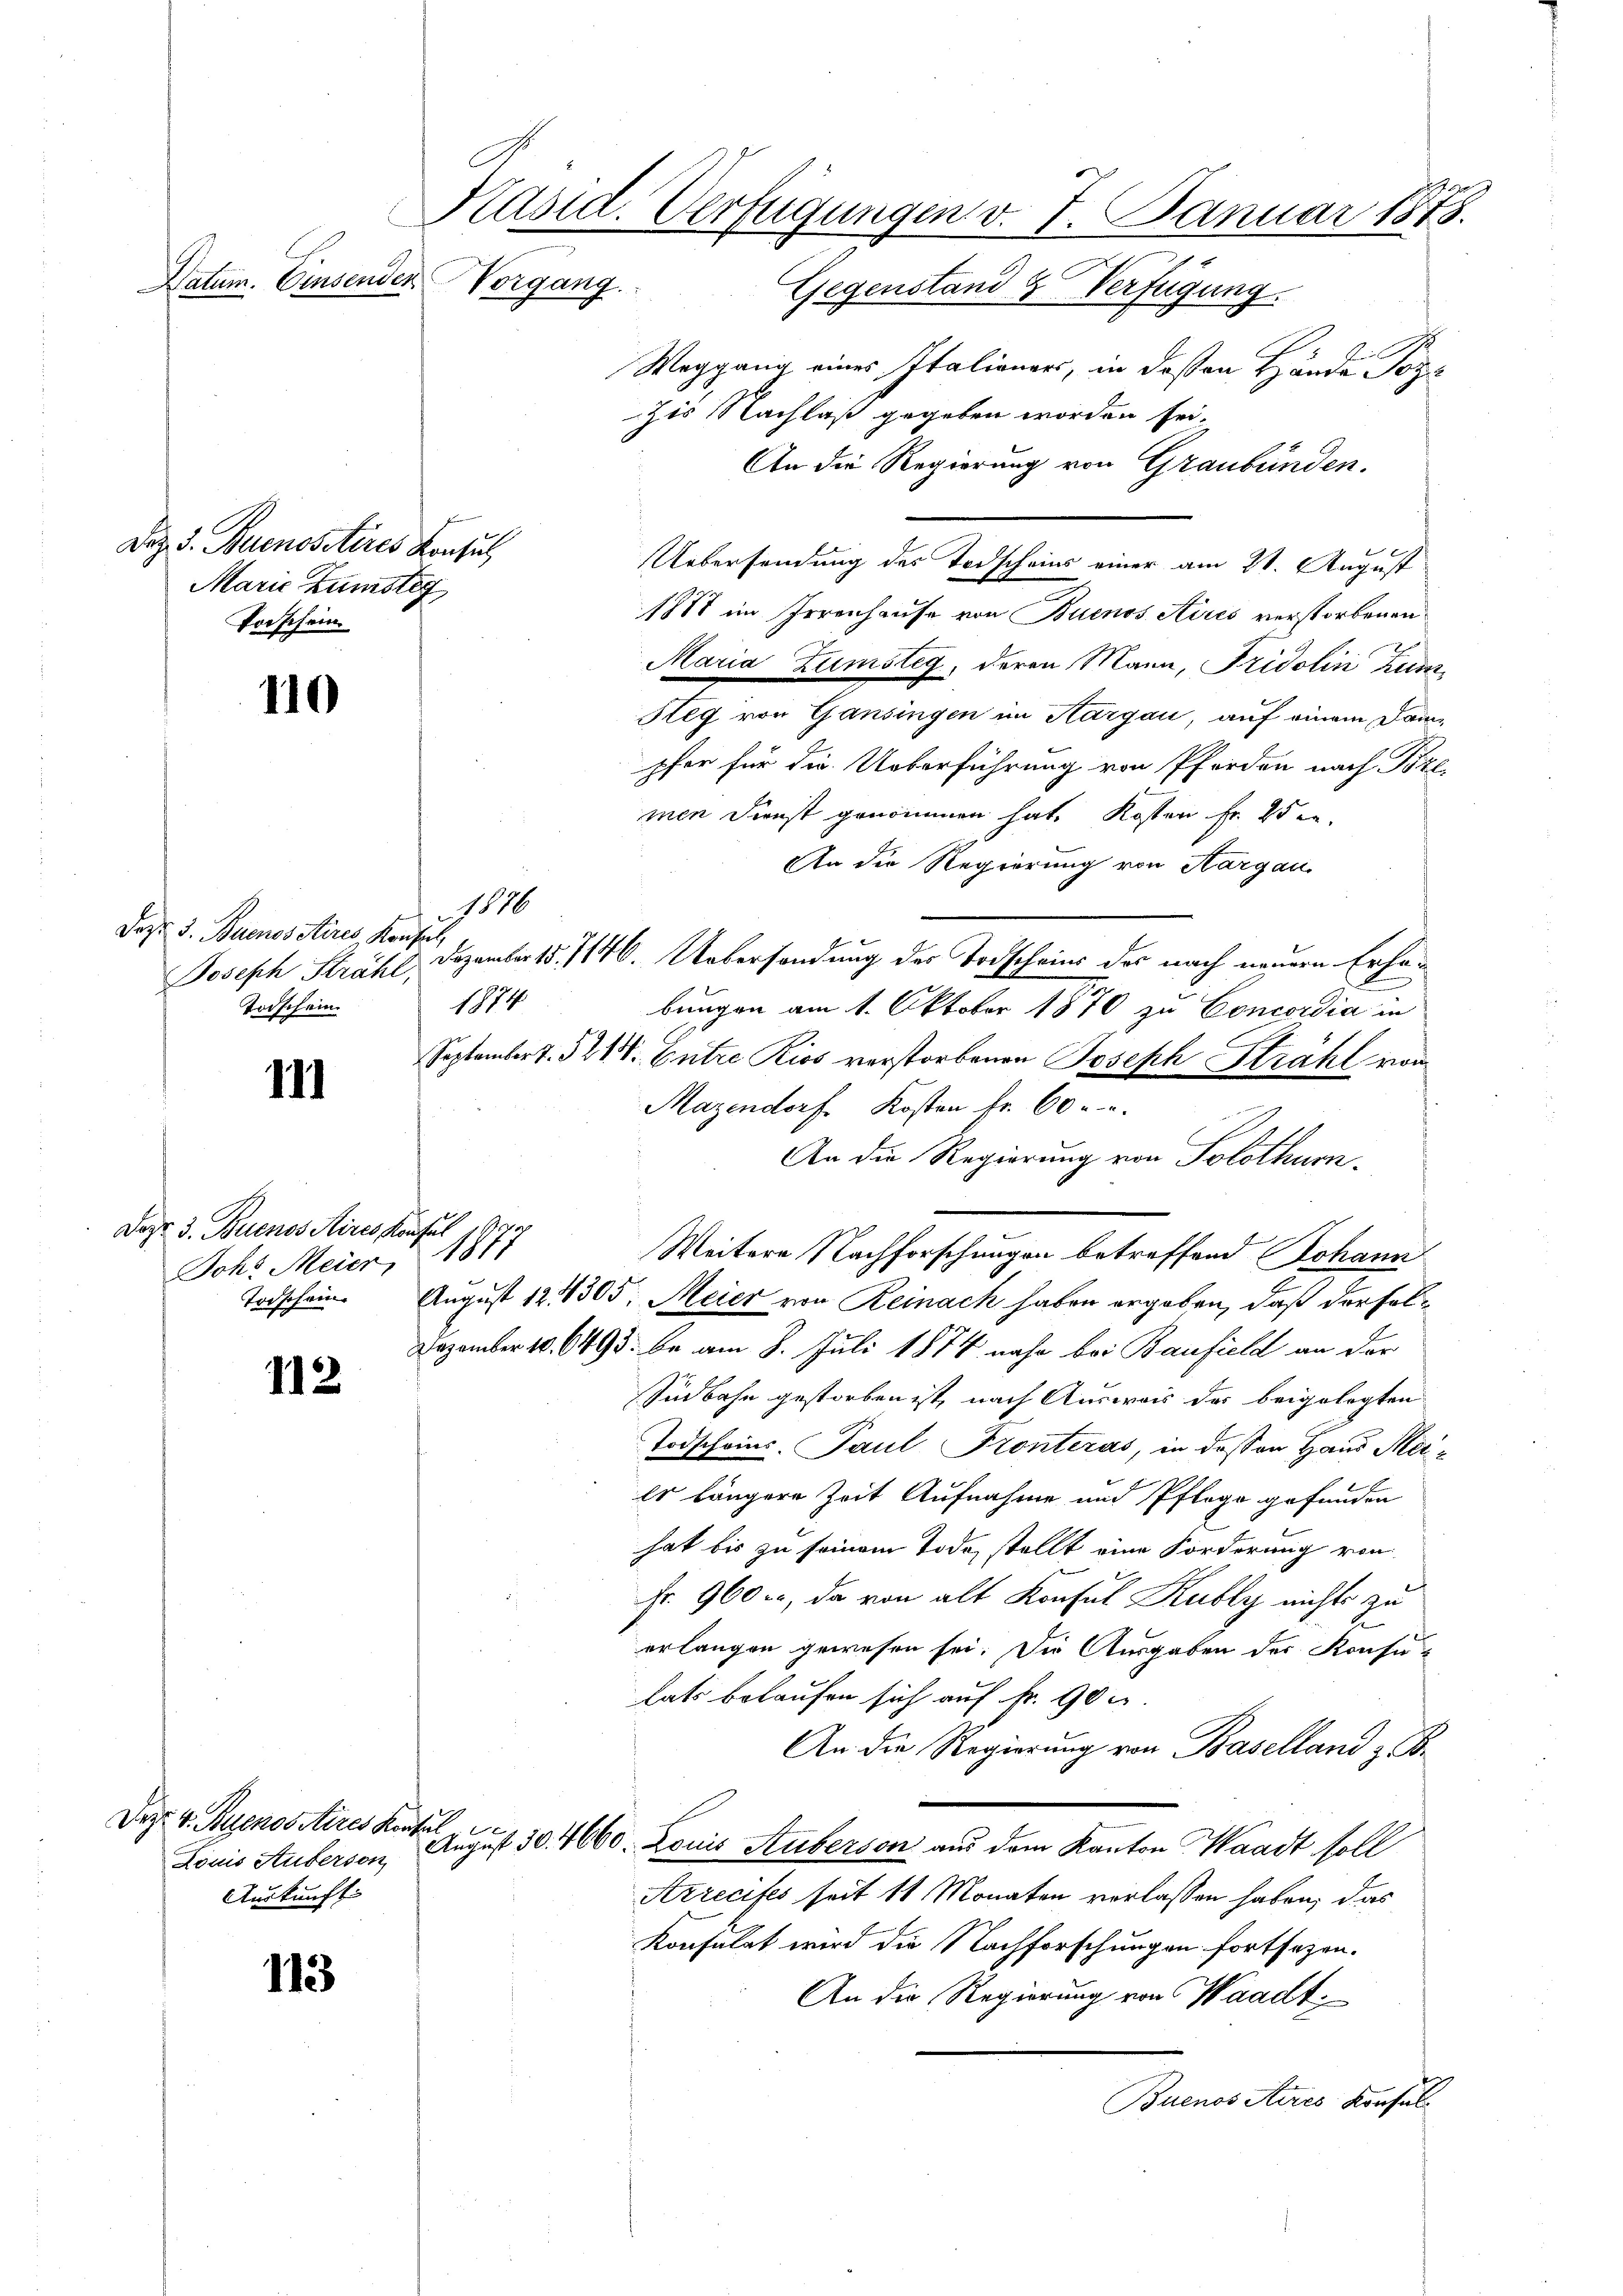
110

111

112

Dez. v. Buenos Aires Konsul
Auskunft.

113

Käsid. Verfügungen v. 7. Januar 1878.
Vorgang.

Datum. Einsenden

Dez. 3. Buenosstères Konsul
Marie Künstig
Torschein

16
Dazu 3. Buenos etires, Konfel,
1874
Todschein.

Dazu 3. Buenos Aires Konsul
Joh. Meier, 1877
Todschein.

Gegenstand & Verfügung.
Weggang eines Italianers, in deßen Hände Poz¬
Zis Nachlaß gegeben worden sei.
An die Regierung von Graubünden.
|
Uebersendung des Todscheins einer am 21. August
1881 im Irrenhause von Buenos Aires verstorbenen
Maria Zumsteg, deren Mann, Fridolin zum
Seg von Gansingen im Aargau, auf einem Dam
pfer für die Ueberführung von Pferden nach Pre
men Dienst genommen hat. Kosten Fr. 25 e
An der Regierung von Aargau
Joseph Strahl. Dezember 15. 1146. Uebersendung des Todscheins des nach neuern Erhöbungen am 1. Oktober 1870 zu Concordia in
Septembert. 321. Entre Kios verstorbenen Joseph Strahl von
Mazendorf Kosten fr. 60 u. a.
An die Regierung von Solothurn.
Weitere Nachforschungen betreffend Johann
August 124305: Meier von Reinach haben ergeben, daß der Fol¬
Dezember 10. 6493. be am 8. Juli 1874 nahe bei Baufield an der
Südbahn gestorben ist, nach Ausweis des beigelegten
Todscheins Paul Fronteras, in dessen Haus Mei¬
Es längere Zeit Aufnahme und Pflege gefunden
hat bis zu seinem Tode, stellt eine Forderung von
Fr. 960 c, da von alt Konsul Kubly nichts zu
s
erlangen gewesen sei. Die Ausgaben der Konsu-
lats belaufen sich auf Fr. 90 u.
An die Regierung von Baselland z. B.
E
Louis Auferson, August 30. 4660. Louis Stuberson aus dem Kanton Waadt soll
Azrecifes seit 11 Monaten verlassen haben, das
Konsulat wird die Nachforschungen fortsetzen.
An die Regierung von Waadt
Buenos Aires Konsul